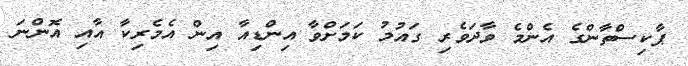
ޕާކިސްތާންގެ އެންމެ ވާދަވެރި ގައުމު ކަމަށްވާ އިންޑިއާ އިން އެމެރިކާ އާއި އޮންނަ